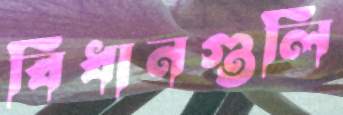
বিধানগুলি